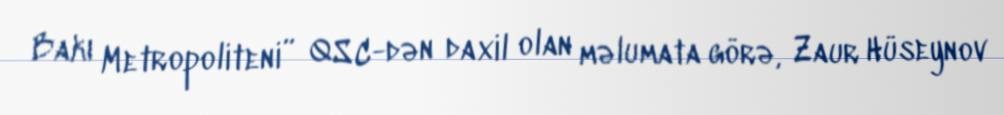
Bakı Metropoliteni” QSC-dən daxil olan məlumata görə, Zaur Hüseynov